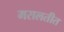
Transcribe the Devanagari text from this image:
मसलतीत